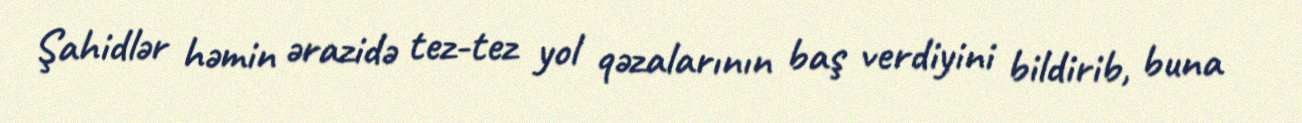
Şahidlər həmin ərazidə tez-tez yol qəzalarının baş verdiyini bildirib, buna